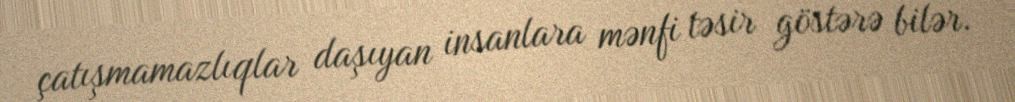
çatışmamazlıqlar daşıyan insanlara mənfi təsir göstərə bilər.